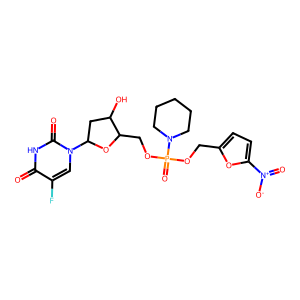
SMILES: O=c1[nH]c(=O)n(C2CC(O)C(COP(=O)(OCc3ccc([N+](=O)[O-])o3)N3CCCCC3)O2)cc1F
Inhibits HIV replication: No